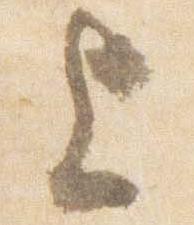
上